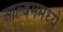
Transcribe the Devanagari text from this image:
आल्बममध्ये